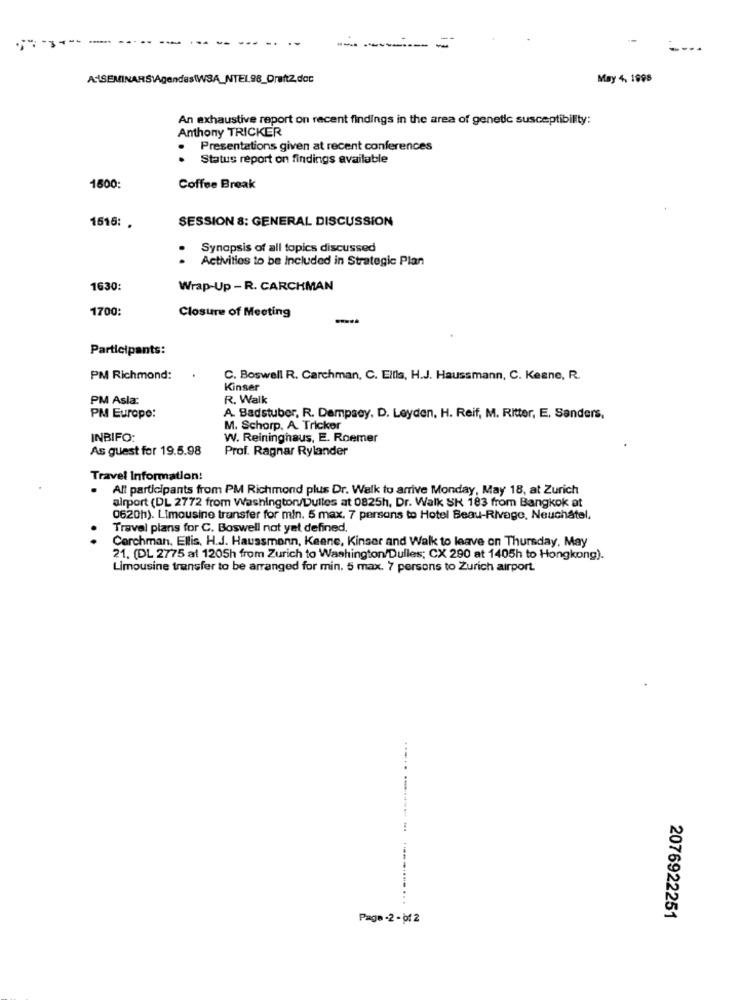
AISEMINARS\AgendastWSA_NTEL98_Draft2.doc
May 4, 1998
An exhaustive report on recent findings in the area of genetic susceptibility:
Anthony TRICKER
Presentations given at recent conferences
Status report on findings available
1500:
Coffee Break
SESSION &: GENERAL DISCUSSION
1516: .
Synopsis of all topics discussed
Activities to be Included in Strategic Plan
1630:
Wrap-Up - R. CARCHMAN
1700:
Closure of Meeting
Participants:
PM Richmond:
C. Boswell R. Carchman, C. Ellis, H.J. Haussmann, C. Keane, R.
Kinser
PM Asla:
R. Walk
PM Europe:
A. Badstuber, R. Dempsey, D. Leyden, H. Reif, M. Ritter, E. Sanders,
M. Schorp. A. Tricker
INBIFO:
W. Reininghaus, E. Roemer
As guest for 19.5.98
Prof. Ragnar Rylander
Travel Information:
. All participants from PM Richmond plus Dr. Walk to arrive Monday, May 18, at Zurich
airport (DL 2772 from Washington Dulles at 0825h, Dr. Walk SK 183 from Bangkok at
0620h). Limousine transfer for min. 5 max. 7 persons to Hotel Beau-Rivage, Neuchâtel.
Travel plans for C. Boswell not yet defined.
Corchman. Ellis, H.J. Haussmann, Keene, Kinser and Walk to leave on Thursday, May
21. (DL 2775 al 1205h from Zurich to Washington/Dulles; CX 290 at 1405h to Hongkong).
Limousine transfer to be arranged for min. 5 max. 7 persons to Zurich airport
Page -2 - Of 2
2076922251